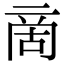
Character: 啇